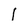
Character: 1